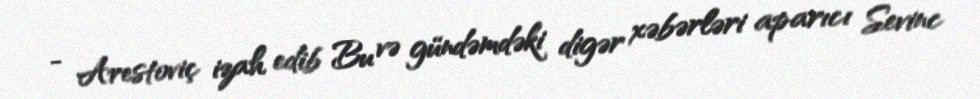
- Arestoviç izah edib Bu və gündəmdəki digər xəbərləri aparıcı Sevinc